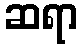
ဆရာ